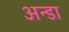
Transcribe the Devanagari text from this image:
अन्डा